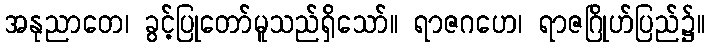
အနုညာတေ၊ ခွင့်ပြုတော်မူသည်ရှိသော်။ ရာဇဂဟေ၊ ရာဇဂြိုဟ်ပြည်၌။